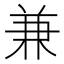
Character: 兼